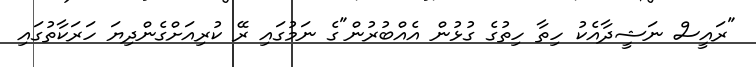
"ރައީސް ނަޝީދާއެކު ހިތާ ހިތުގެ ގުޅުން އެއްބުރުން"ގެ ނަމުގައި ރޭ ކުރިއަށްގެންދިޔަ ހަރަކާތުގައި